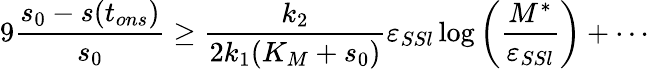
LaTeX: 9\frac{s_{0}-s(t_{ons})}{s_{0}}\geq\frac{k_{2}}{2k_{1}(K_{M}+s_{0})}\varepsilon_{SSl}\log\left(\frac{M^{*}}{\varepsilon_{SSl}}\right)+\cdots